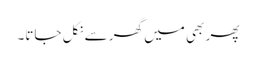
پھر بھی میں گھر سے نکل جاتا۔